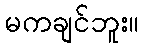
မကချင်ဘူး။